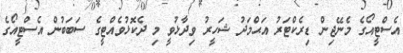
އެސްޓީއޯގެ މެނޭޖިން ޑިރެކްޓަރު އަޙްމަދު ޝަހީރު ވިދާޅުވީ މި ދެކޮޅުވެއްޓީގެ ސަބަބުން އެސްޓީއޯގެ